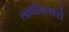
તાલીમકારો